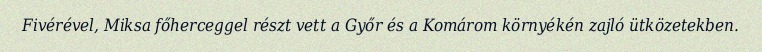
Fivérével, Miksa főherceggel részt vett a Győr és a Komárom környékén zajló ütközetekben.